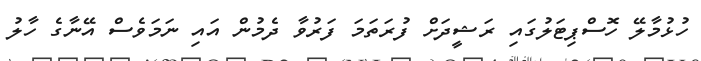
ހުޅުމާލޭ ހޮސްޕިޓަލުގައި ރަޝީދަށް ފުރަތަމަ ފަރުވާ ދެމުން އައި ނަމަވެސް އޭނާގެ ހާލު